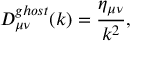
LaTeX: { \cal D } _ { { \mu } { \nu } } ^ { g h o s t } ( k ) = \frac { \eta _ { { \mu } { \nu } } } { k ^ { 2 } } ,